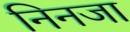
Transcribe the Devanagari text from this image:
निनजा